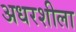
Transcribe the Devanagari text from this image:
अधरशीला